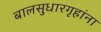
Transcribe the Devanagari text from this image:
बालसुधारगृहांना